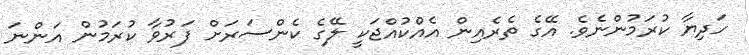
ހަދިޔާ ކުރަމުންނެވެ. އޭގެ ތެރެއިން އެއްކުއްޖަކީ ލޭގެ ކެންސަރަށް ފަރުވާ ކުރަމުން އަންނަ